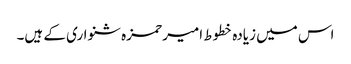
اس میں زیادہ خطوط امیر حمزہ شنواری کے ہیں۔